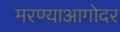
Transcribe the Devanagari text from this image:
मरण्याआगोदर